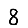
Digit: 8